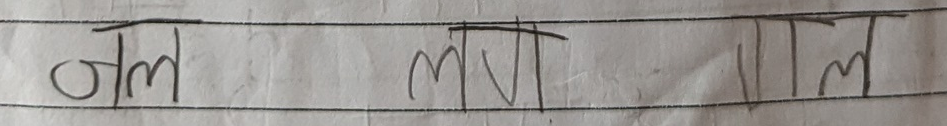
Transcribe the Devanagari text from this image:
नल लग लल